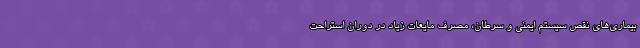
بیماری‌های نقص سیستم ایمنی و سرطان، مصرف مایعات زیاد در دوران استراحت